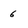
Character: 6